Vaccination in Bombay 1863-1868 - 1863-1868
Year: 1863
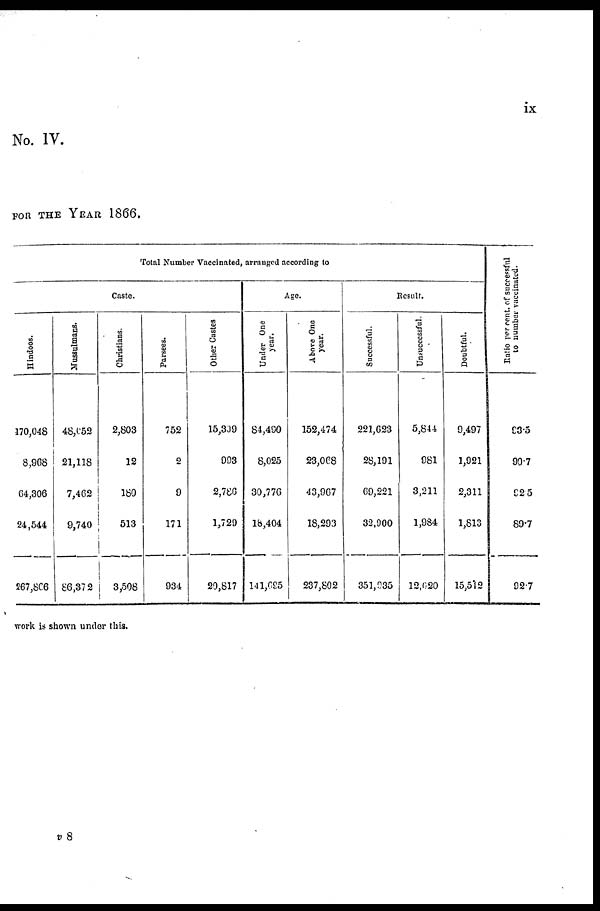
ix
No. IV.
FOR THE YEAR 1866.
Total Number Vaccinated, arranged according to
Caste.
Hindoos.
170,048
8,968
64,306
24,544
267,866
Mussulmans.
48,052
21,118
7,462
9,740
86,372
Christians.
2,803
12
180
513
3,508
Parsees.
752
2
9
171
934
Other Castes
15,3J9
993
2,786
1,720
20,817
Age.
Under One
year.
84,480
8,025
30,776
18,404
141,695
Above One
year.
152,474
23,068
43,967
18,293
237,802
Result.
Successful.
221,623
28,191
69,221
32,900
351,035
Unsuccessful.
5,844
981
3,211
1,984
12,0520
Doubtful.
9,497
1,921
2,311
1,813
15,512
Ratio per cent. of successful
to number vaccinated.
93.5
90.7
92.5
89.7
92.7
work is shown under this.
v 8